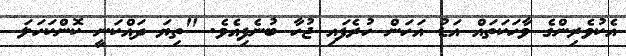
އެކުވެރިންގެ ވާހަކަތައް އަޑު އަހަން ހުރެފައި ޖުހާ ބުނެފިއެވެ. "ތިޔަ ދައްކަނީ ކޮންކަހަލަ